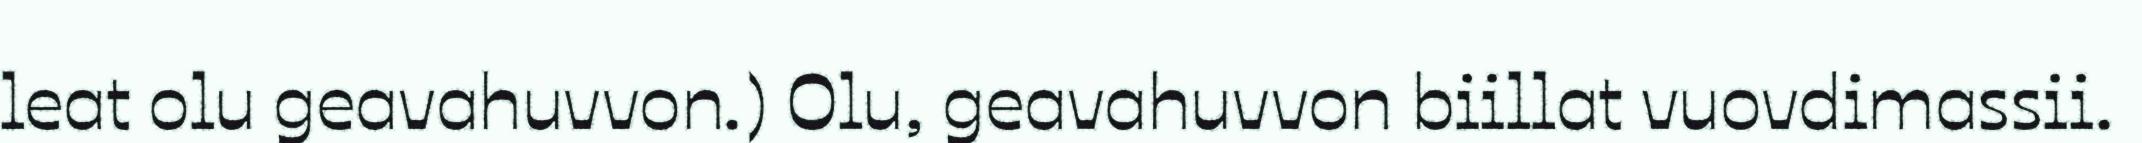
leat olu geavahuvvon.) Olu, geavahuvvon biillat vuovdimassii.